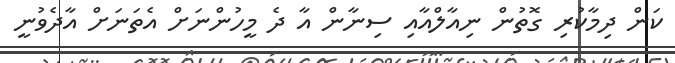
ކަން ދިމާކުރި ގޮތުން ނިއާލްއާއި ސިނާން އާ ދެ މީހުންނަށް އެތަނަށް އާދެވުނީ